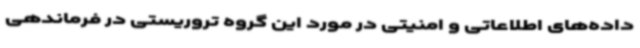
داده‌های اطلاعاتی و امنیتی در مورد این گروه تروریستی در فرماندهی